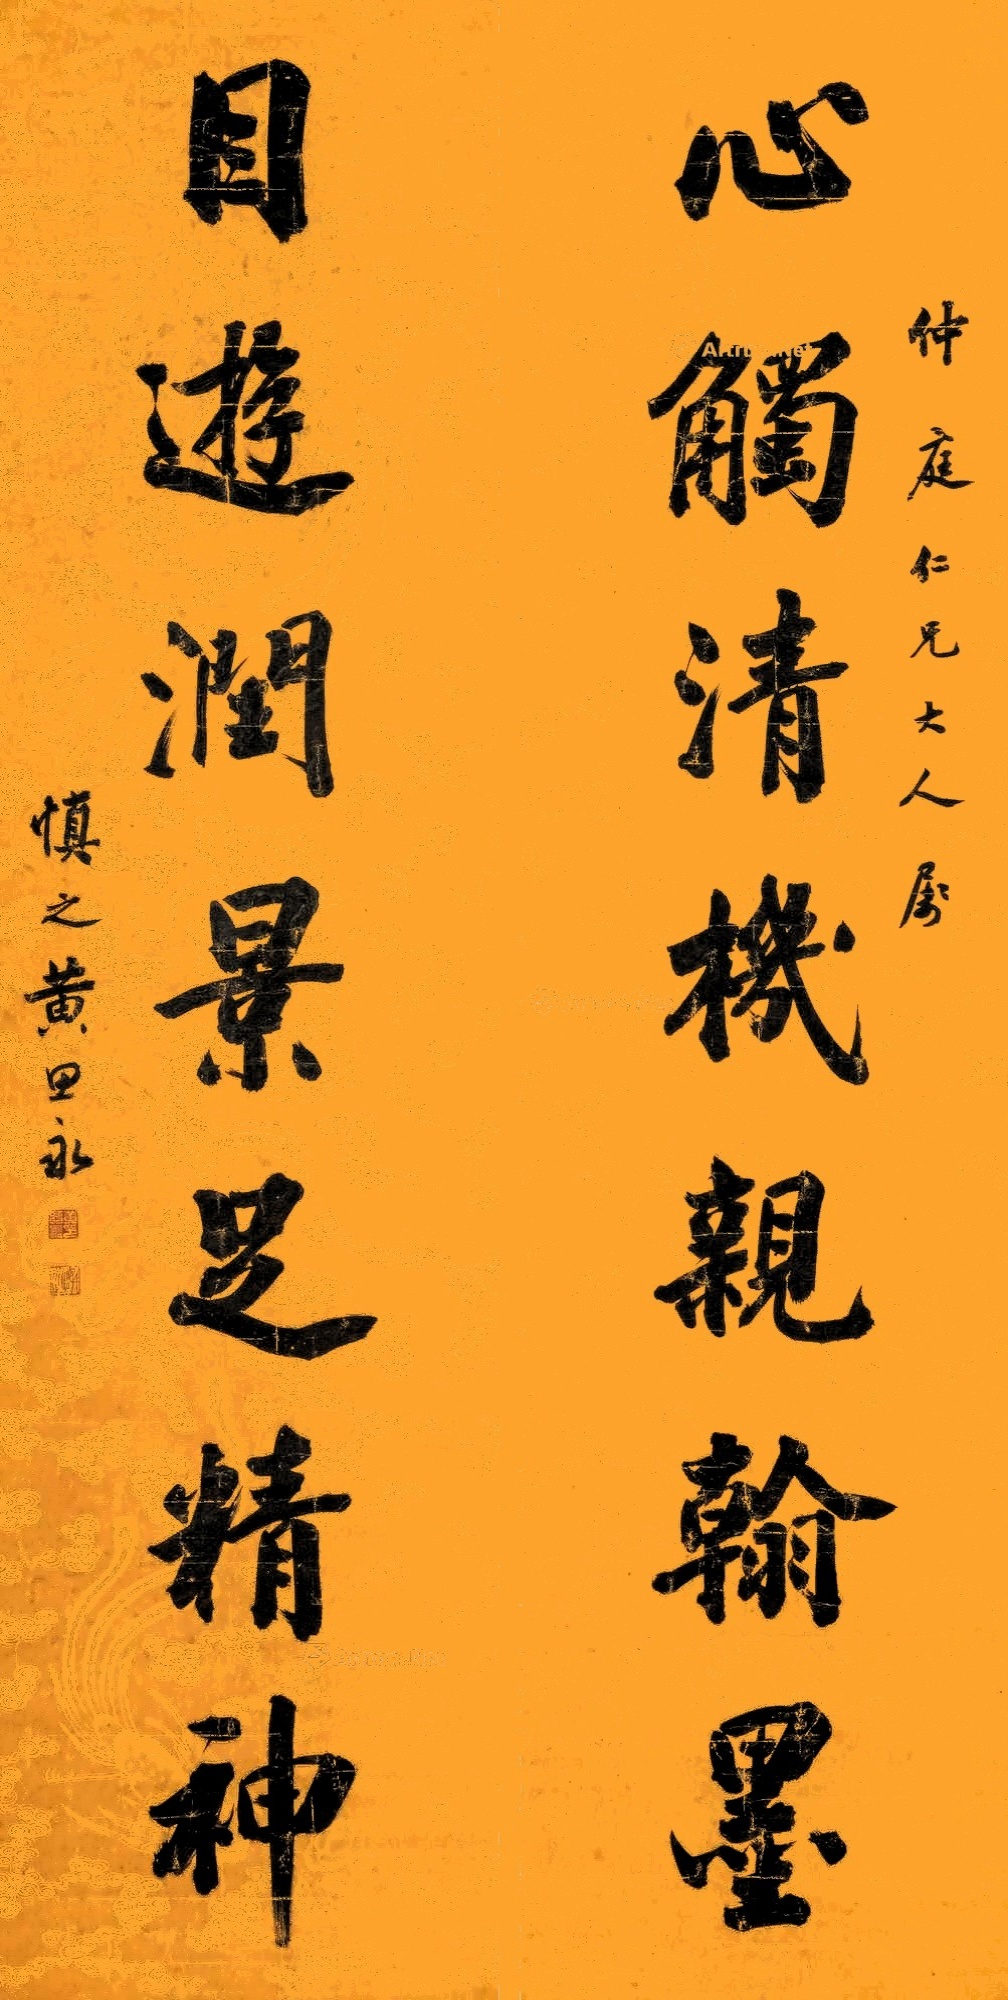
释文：心触清机亲翰墨，目游润景足精神。仲庭仁兄大人属，慎之黄思永。